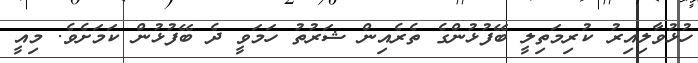
ހުޅުވާލިއިރު ކުރިމަތިލީ ބޭފުޅުންގެ ތެރެއިން ޝަރުތު ހަމަވީ ދެ ބޭފުޅުން ކަމަށެވެ. މިއީ